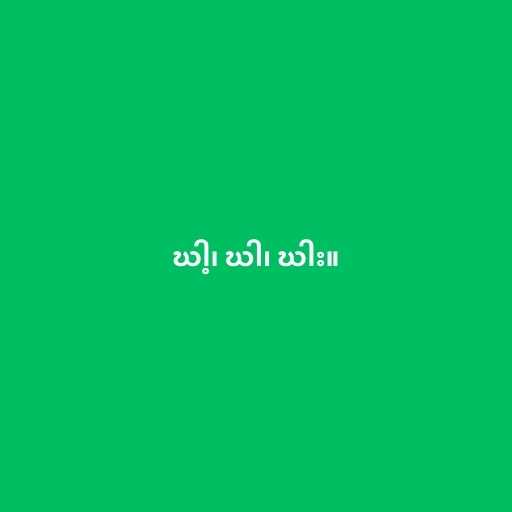
ဃါ့၊ ဃါ၊ ဃါး။